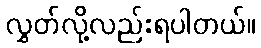
လွှတ်လို့လည်းရပါတယ်။